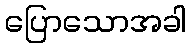
ပြောသောအခါ